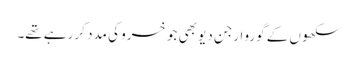
سکھوں کے گورو ارجن دیو بھی جو خسرو کی مدد کر رہے تھے۔